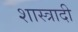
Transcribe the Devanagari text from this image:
शास्त्रादी